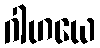
ဂါဟယေ